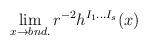
LaTeX: \begin{align*}\lim_{x\to bnd.}r^{-2}h^{I_1\ldots I_s}(x)\end{align*}